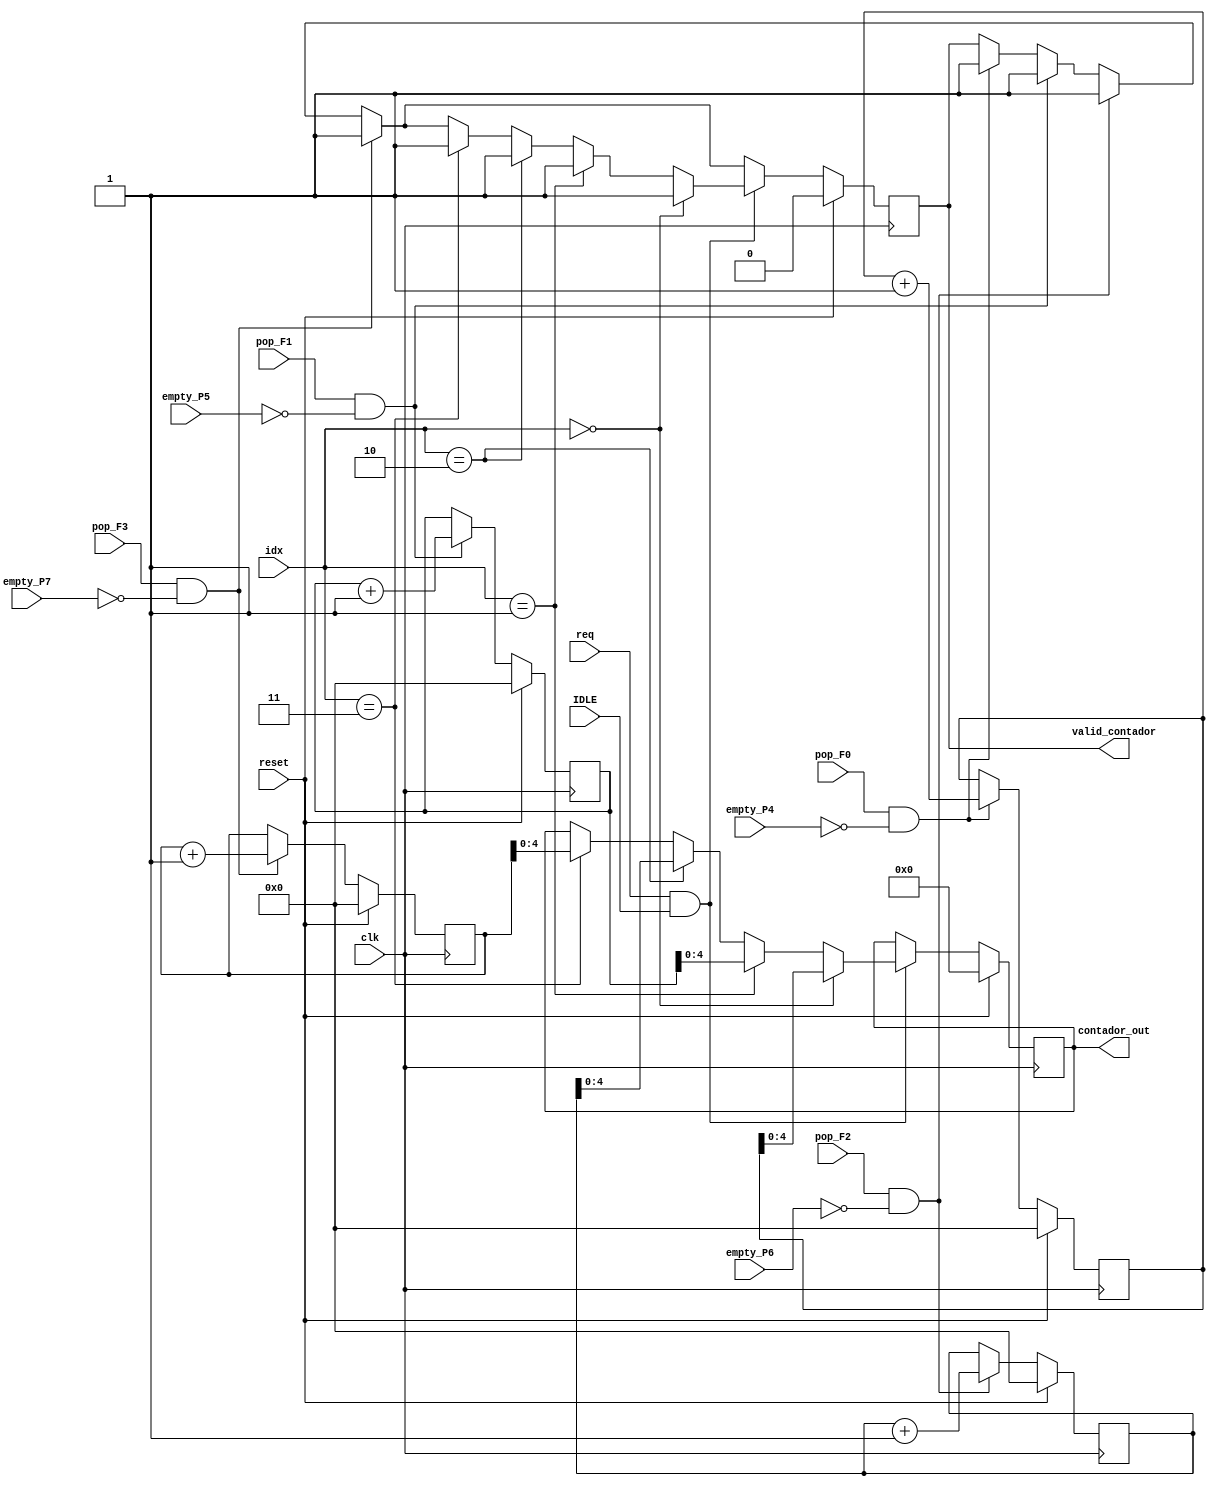
//4 contadores cada uno pegado a cada una de las palabras

//miden la cantidad de palabras que salen del FIFO
//contadores que cuenta 0123 y se resetean en reset

//5 bits cuenta hasta 32 palabras data[5:0]

//se pueden leer en estado de IDLE
//el probador da un req y un idx req 1 es leer y el index es para ver cual contador leer

//devuelve el dato y un valid_contador el contador

module contador#(
                    parameter data_width = 10, 
                    parameter address_width = 3,
                    parameter tam = 5

)(
    
    //*********************** ENTRADAS ******************************//

    input       clk,                        //reloj
    input       reset,                      //reset
    input       [1:0] idx,                  //index
    input       req,                        //request
    input       pop_F0,  
    input       pop_F1,  
    input       pop_F2,  
    input       pop_F3,      
    //entrada datos del fifo
    input       IDLE,                      //activado para leer
    input       empty_P4,
    input       empty_P5,
    input       empty_P6,
    input       empty_P7,

//*********************** SALIDAS ******************************//
    output reg                          valid_contador, //salida  valid_contador contador
    output reg  [4:0]                   contador_out
    
    
    );  //contador salida del index de interes



//******************** REGISTROS **********************************//



    
    //reg     [tam-1:0]         contador_fifo1;        //contador de salida

    reg     [ 9: 0]      contador_fifo0;                 //
    reg     [ 9: 0]      contador_fifo1;
    reg     [ 9: 0]      contador_fifo2;
    reg     [ 9: 0]      contador_fifo3;



//********************* LOGICA ******************************//


always @(posedge clk) 
begin

    if (reset==1) 
        begin
            
             contador_out   <=  0;          //salida data
             valid_contador <=  0;          // valid_contador
            
            /* Fifo 0 */
                                                //reg anterior en 0
            contador_fifo0 <= 0;                //contador fifo 1 en 0
            
            /* Fifo 1 */            
            
            contador_fifo1 <= 0;

            /* Fifo 2 */
            
            contador_fifo2 <= 0;

            /* Fifo 3 */
            
            contador_fifo3 <= 0;



        end

    else if (reset == 0)
        begin
                    
                
                    //*********DATO0***************//
                    
                    
                    if(pop_F0!=0 && empty_P4 == 0)
                    begin
                        
                       //el dato anterior ahora es el dato entrante
                        contador_fifo0  <= contador_fifo0 + 1;  
                        valid_contador  <= 1;
                        

                    end
                    
                    if(pop_F1!=0 && empty_P5 ==0 )

                    begin
                        
                         //el dato anterior ahora es el dato entrante
                        contador_fifo1  <= contador_fifo1 + 1;    
                        valid_contador  <= 1;
                        
                    end

                    if(pop_F2!=0 && empty_P6 ==0 )

                    begin
                        
                        //el dato anterior ahora es el dato entrante
                        contador_fifo2  <= contador_fifo2 + 1;    
                        valid_contador  <= 1;
                        
                    end

                    if(pop_F3!=0 && empty_P7 ==0 )
                    begin
                        
                        //el dato anterior ahora es el dato entrante
                        contador_fifo3  <= contador_fifo3 + 1;
                        valid_contador  <= 1;
                        
                    end

                    //************LECTURA*******************//
                    if(req == 1 && IDLE == 1)
                    begin
                        if(idx == 0)
                        begin
                                contador_out             <= contador_fifo0;
                                valid_contador           <= 1;
                        end
                    
                    
                    else if(idx == 1)
                        begin
                                 contador_out             <= contador_fifo1;
                                 valid_contador           <= 1;
                        end
                     
                    else if(idx == 2)
                        begin
                                contador_out              <= contador_fifo2;
                                 valid_contador           <= 1;
                        end                        
                     else if(idx == 3)
                        begin
                                contador_out  <= contador_fifo3;
                                 valid_contador           <= 1;
                        end

                    end
        end
end

endmodule